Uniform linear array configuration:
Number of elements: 48
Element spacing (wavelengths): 0.5
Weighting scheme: binomial
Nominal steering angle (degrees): -15
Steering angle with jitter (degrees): -15.572
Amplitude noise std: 0.05
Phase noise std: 0.05

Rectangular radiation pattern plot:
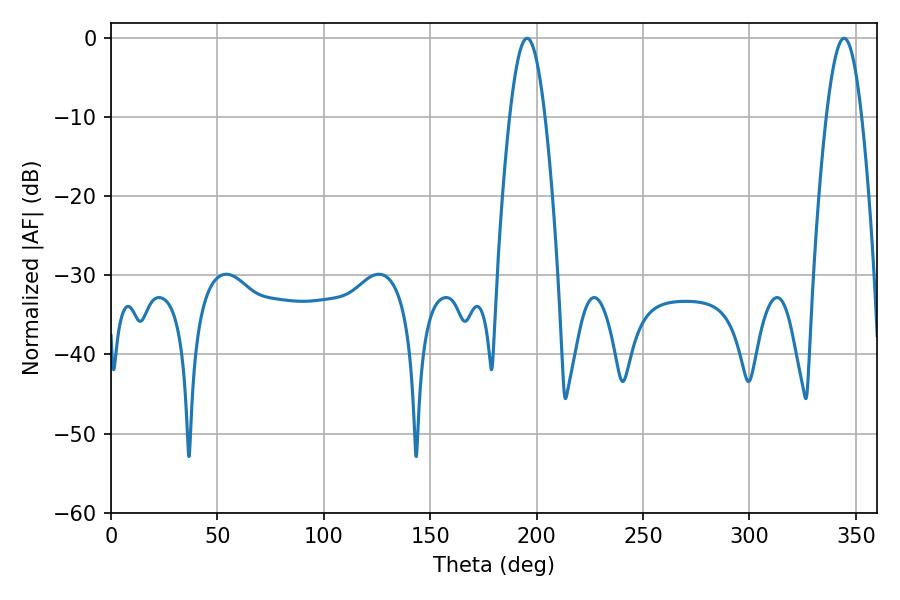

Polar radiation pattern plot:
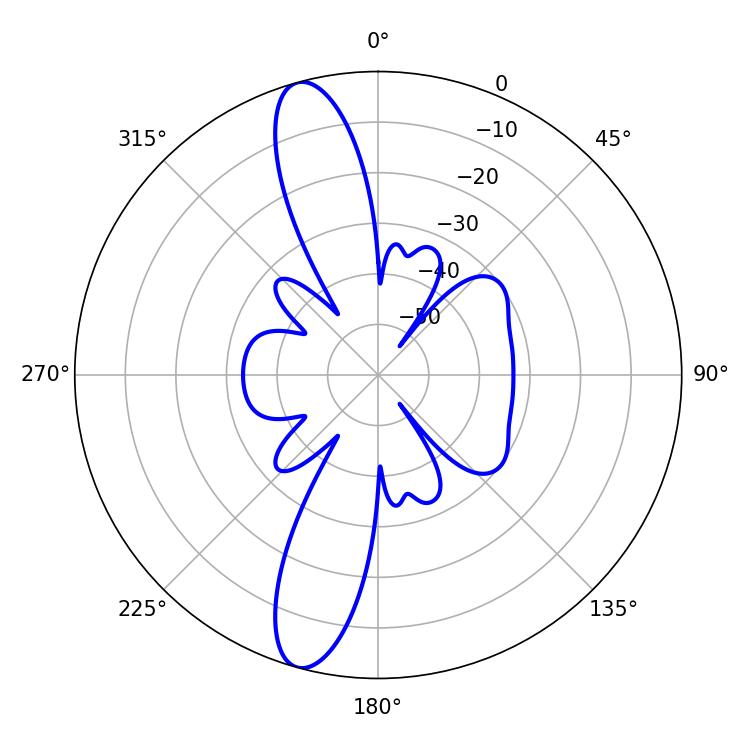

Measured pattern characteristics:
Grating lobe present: FALSE
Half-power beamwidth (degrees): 9
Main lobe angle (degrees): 195.48